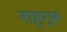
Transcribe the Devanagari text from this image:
राष्ट्रगुरू